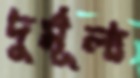
দুর্মূল্য